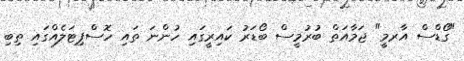
"ގޯޑްސް އާރމީ" ޖަމާއަތް ބުރުމީސް ބޯޑަރު ކައިރީގައި ހުންނަ ތައި ހޮސްޕިޓަލެއްގައި ތިބި